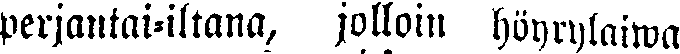
perjantai-iltana, jolloin höyrylaiwa